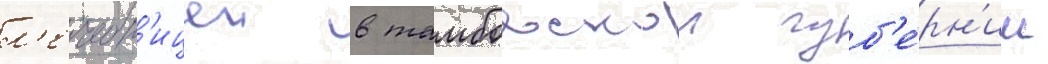
л'ечебн'ицеи в тамбовскои губ'е́рн'ии